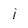
Character: j